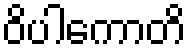
ဝိပါကောတိ